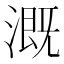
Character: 溉